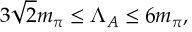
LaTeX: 3 \sqrt { 2 } m _ { \pi } \leq \Lambda _ { A } \leq 6 m _ { \pi } ,